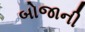
બોજાની